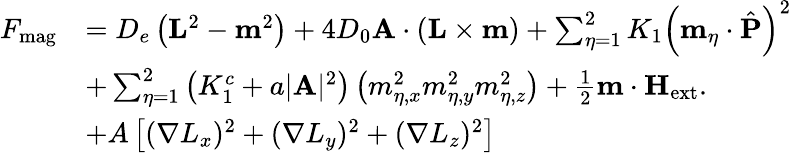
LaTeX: \begin{array}{rl}{F_{\mathrm{mag}}}&{=D_{e}\left(\mathbf{L}^{2}-\mathbf{m}^{2}\right)+4D_{0}\textbf{A}\cdot\left(\textbf{L}\times\textbf{m}\right)+\sum_{\eta=1}^{2}K_{1}\left(\textbf{m}_{\eta}\cdot\hat{\textbf{P}}\right)^{2}}\\ &{+\sum_{\eta=1}^{2}\left(K_{1}^{c}+a|\textbf{A}|^{2}\right)\left(m_{\eta,x}^{2}m_{\eta,y}^{2}m_{\eta,z}^{2}\right)+\frac{1}{2}\mathbf{m}\cdot\mathbf{H}_{\mathrm{ext}}.}\\ &{+A\left[(\nabla L_{x})^{2}+(\nabla L_{y})^{2}+(\nabla L_{z})^{2}\right]}\end{array}